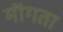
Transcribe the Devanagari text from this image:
माॅगता